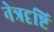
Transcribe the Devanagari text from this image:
नेत्रदृष्टि